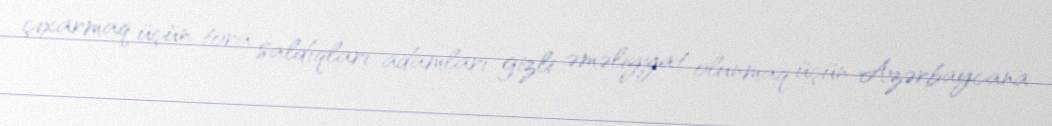
çıxarmaq üçün tora saldıqları adamları gizli əməliyyat olunmaq üçün Azərbaycana